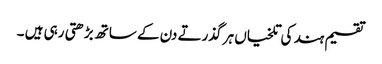
تقسیم ہند کی تلخیاں ہر گذرتے دن کے ساتھ بڑھتی رہی ہیں ۔